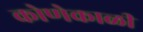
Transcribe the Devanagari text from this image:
कोणेकाळी